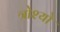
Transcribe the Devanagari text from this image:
त्रोश्यो